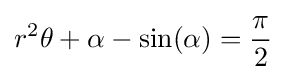
r^{2}\theta +\alpha -\sin(\alpha )={\frac {\pi }{2}}